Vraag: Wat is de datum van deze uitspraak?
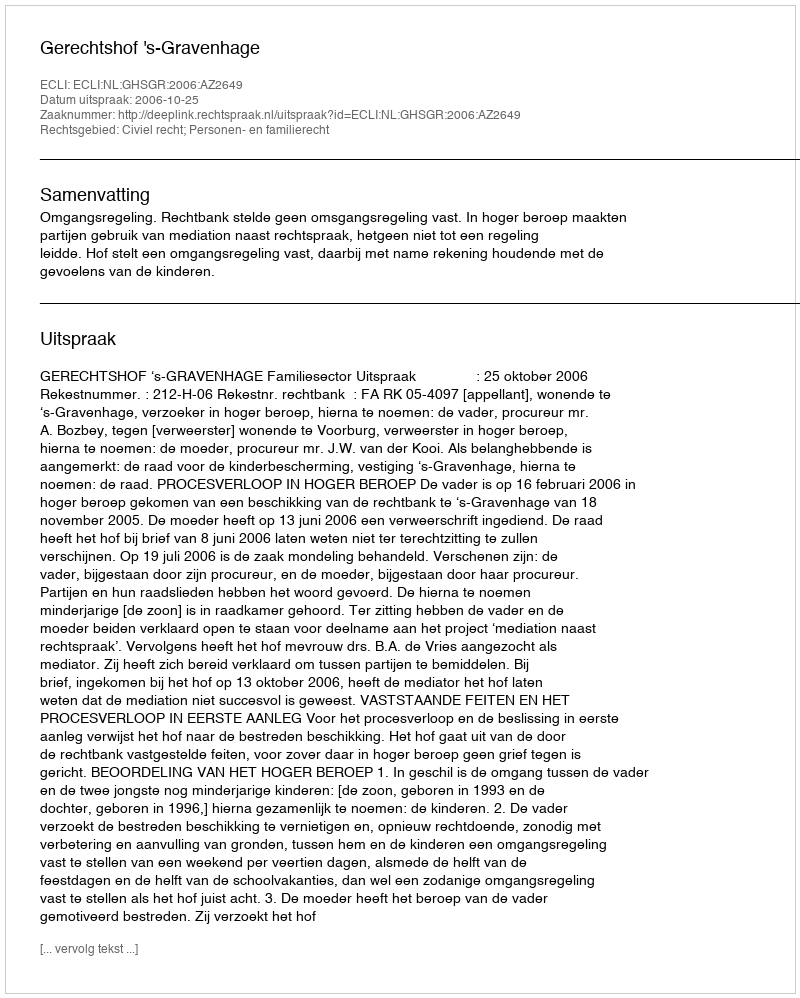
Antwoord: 2006-10-25